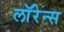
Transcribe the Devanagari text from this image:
लाॅरेन्स